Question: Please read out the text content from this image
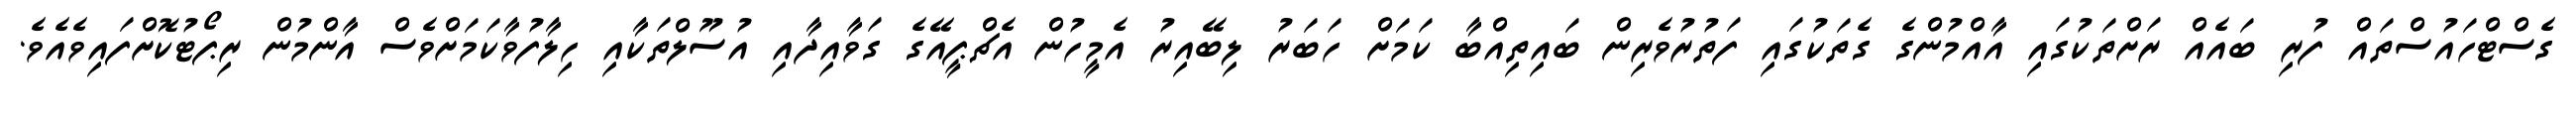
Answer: ގެސްޓްހައުސްތައް ފުރި ބައެއް ރަށްތަކުގައި އާއްމުންގެ ގެތަކުގައި ފަތުރުވެރިން ބައިތިއްބާ ކަމަށް ހަބަރު ލިބޭއިރު އެމީހުން އެޗްޕީއޭގެ ގަވާއިދާއި އުސޫލްތަކާއި ހިލާފުވާކަމަށްވެސް އާންމުން ރިޕޯޓުކޮށްފައިވެއެވެ.